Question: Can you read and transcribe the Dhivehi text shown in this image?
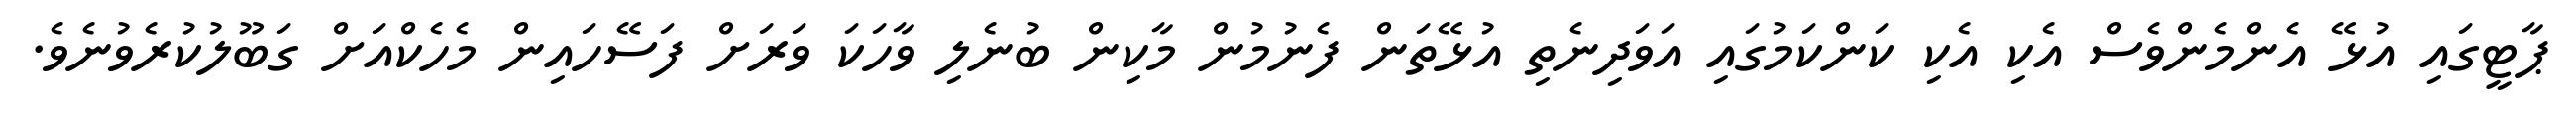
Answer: ޕާޓީގައި އުޅޭ އެންމެންވެސް އެކި އެކި ކަންކަމުގައި އަވަދިނެތި އުޅޭތަން ފެނުމުން މާކިން ބުނެލި ވާހަކަ ވަރަށް ފަސޭހައިން މެހެކްއަށް ގަބޫލުކުރެވުނެވެ.